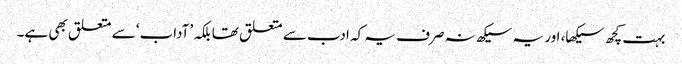
بہت کچھ سیکھا، اور یہ سیکھ نہ صرف یہ کہ ادب سے متعلق تھا بلکہ ’آداب‘ سے متعلق بھی ہے۔